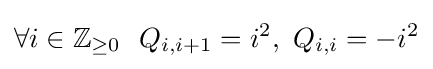
\forall i\in \mathbb {Z} _{\geq 0}~~Q_{i,i+1}=i^{2},~Q_{i,i}=-i^{2}